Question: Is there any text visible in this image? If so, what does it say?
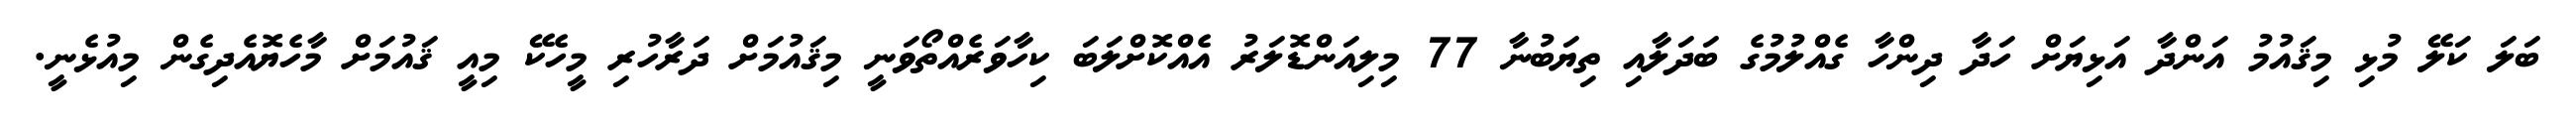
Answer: ބަލަ ކަލޭ މުޅި މިޤައުމު އަންދާ އަޅިޔަށް ހަދާ ދިންހާ ގެއްލުމުގެ ބަދަލާއި ތިޔަބުނާ 77 މިލިއަންޑޮލަރު އެއްކޮށްލަބަ ކިހާވަރެއްތޯވަނީ މިޤައުމަށް ދަރާހުރި މީހެކޭ މިއީ ޤައުމަށް މާހެޔޮއެދިގެން މިއުޅެނީ.